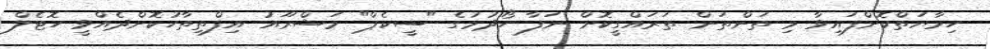
ހިމާޔަތްކޮށްފައިވާ މި ތަންތަން ތަރައްގީކޮށް ނަފާ ހޯދުމުގެ "ސީކެޕް" މަޝްރޫއު އިފްތިތާހުކޮށްދެއްވީ ހޮޓެލް